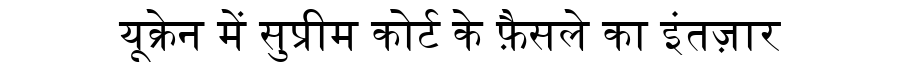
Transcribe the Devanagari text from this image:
यूक्रेन में सुप्रीम कोर्ट के फ़ैसले का इंतज़ार